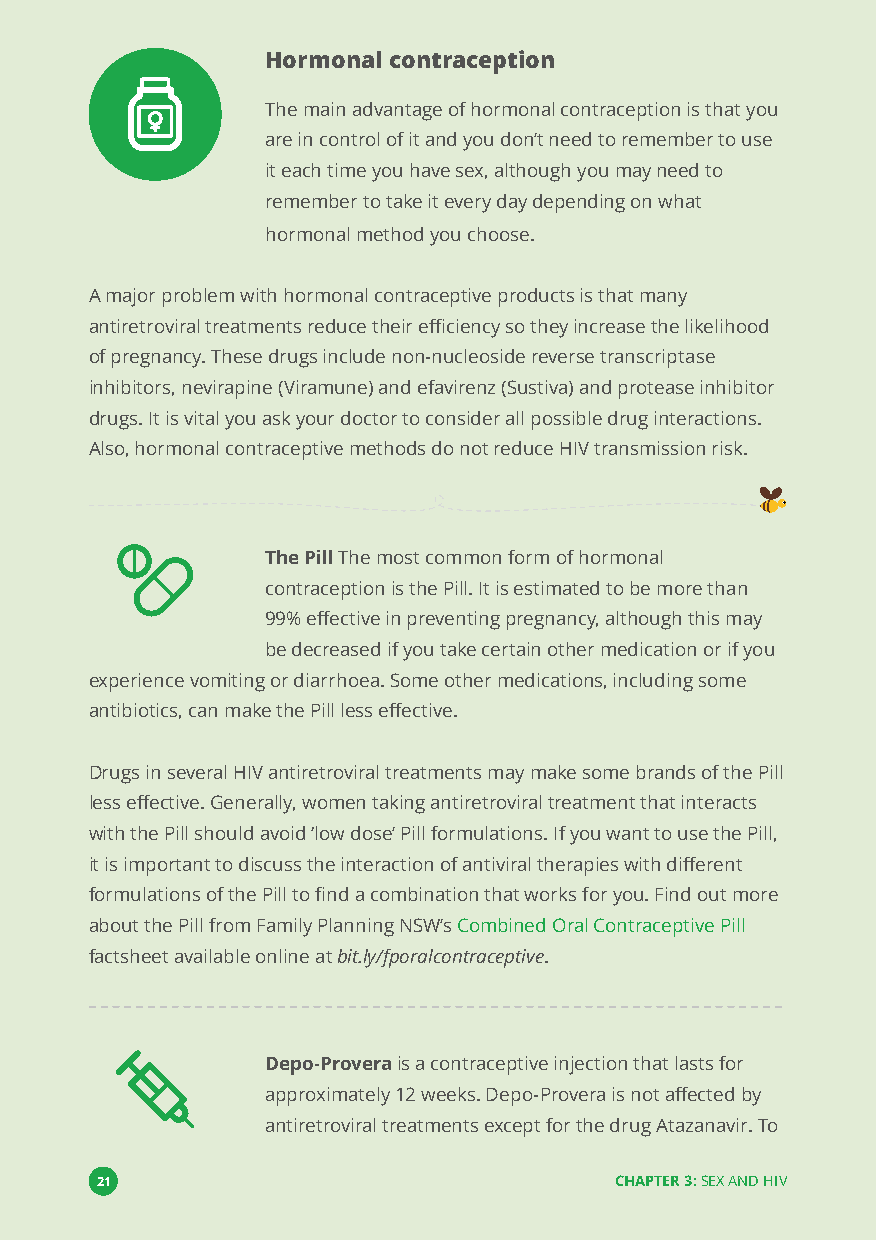
Hormonal contraception
 The main advantage of hormonal contraception is that you
 are in control of it and you don’t need to remember to use
 it each time you have sex, although you may need to
 remember to take it every day depending on what
 hormonal method you choose.
 A major problem with hormonal contraceptive products is that many
 antiretroviral treatments reduce their efficiency so they increase the likelihood
 of pregnancy. These drugs include non-nucleoside reverse transcriptase
 inhibitors, nevirapine (Viramune) and efavirenz (Sustiva) and protease inhibitor
 drugs. It is vital you ask your doctor to consider all possible drug interactions.
 Also, hormonal contraceptive methods do not reduce HIV transmission risk.
 The PillThe most common form of hormonal
 contraception is the Pill. It is estimated to be more than
 99% effective in preventing pregnancy, although this may
 be decreased if you take certain other medication or if you
 experience vomiting or diarrhoea. Some other medications, including some
 antibiotics, can make the Pill less effective.
 Drugs in several HIV antiretroviral treatments may make some brands of the Pill
 less effective. Generally, women taking antiretroviral treatment that interacts
 with the Pill should avoid‘low dose’Pill formulations. If you want to use the Pill,
 it is important to discuss the interaction of antiviral therapies with different
 formulations of the Pill to find a combination that works for you. Find out more
 about the Pill from Family Planning NSW’sCombined Oral Contraceptive Pill
 factsheet available online atbit.ly/fporalcontraceptive.
 Depo-Proverais a contraceptive injection that lasts for
 approximately 12 weeks. Depo-Provera is not affected by
 antiretroviral treatments except for the drug Atazanavir. To
 21                                 CHAPTER 3:SEX AND HIV